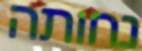
נחותה